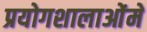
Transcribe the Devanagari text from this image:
प्रयोगशालाओंमें